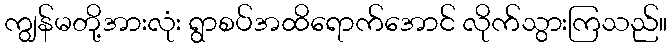
ကျွန်မတို့အားလုံး ရွာစပ်အထိရောက်အောင် လိုက်သွားကြသည်။